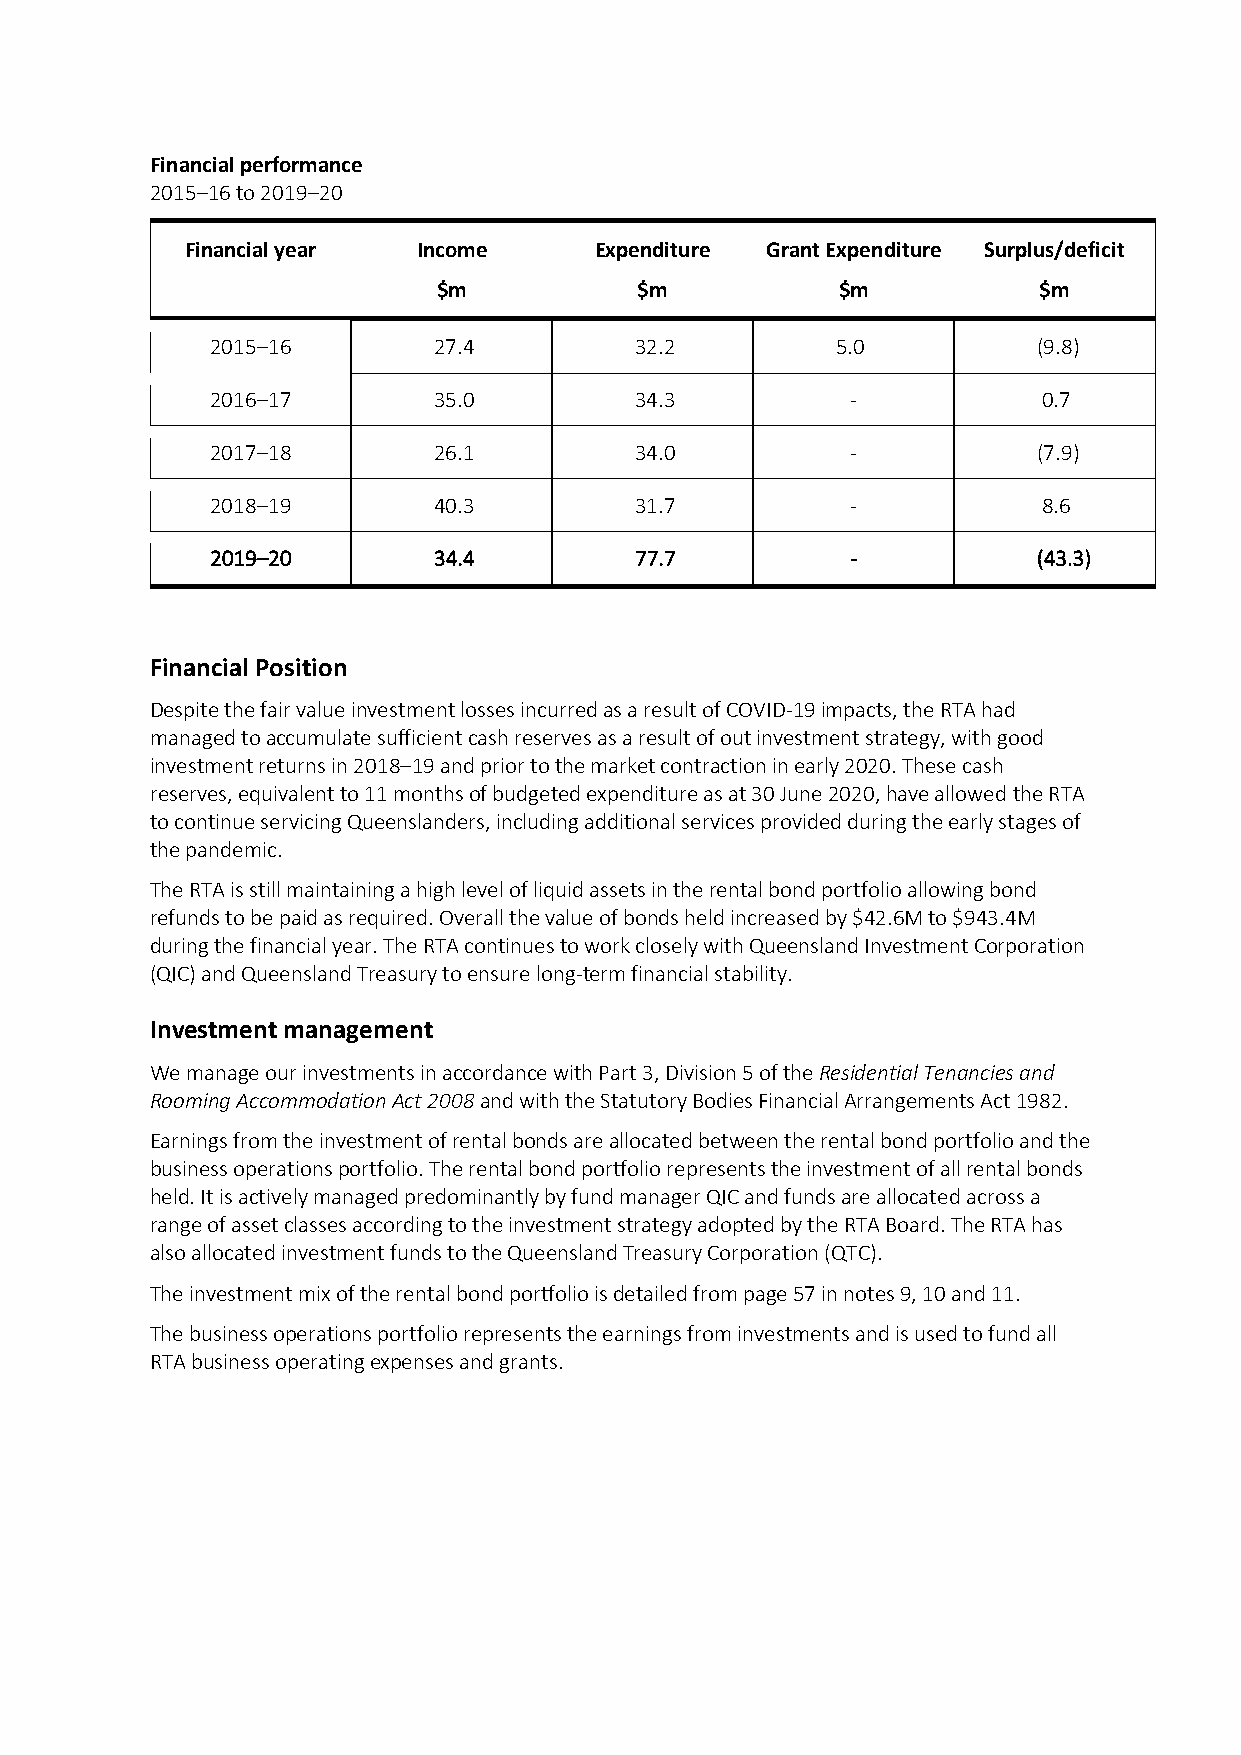
Financial performance
 2015–16 to 2019–20
 Financial year  Income     Expenditure Grant Expenditure Surplus/deficit
 $m           $m           $m            $m
 2015–16        27.4         32.2         5.0           (9.8)
 2016–17        35.0         34.3          -            0.7
 2017–18        26.1         34.0          -            (7.9)
 2018–19        40.3         31.7          -            8.6
 2019–20        34.4         77.7          -            (43.3)
 Financial Position
 Despite the fair value investment losses incurred as a result of COVID-19 impacts, the RTA had
 managed to accumulate sufficient cash reserves as a result of out investment strategy, with good
 investment returns in 2018–19 and prior to the market contraction in early 2020. These cash
 reserves, equivalent to 11 months of budgeted expenditure as at 30 June 2020, have allowed the RTA
 to continue servicing Queenslanders, including additional services provided during the early stages of
 the pandemic.
 The RTA is still maintaining a high level of liquid assets in the rental bond portfolio allowing bond
 refunds to be paid as required. Overall the value of bonds held increased by $42.6M to $943.4M
 during the financial year. The RTA continues to work closely with Queensland Investment Corporation
 (QIC) and Queensland Treasury to ensure long-term financial stability.
 Investment management
 We manage our investments in accordance with Part 3, Division 5 of the Residential Tenancies and
 Rooming Accommodation Act 2008 and with the Statutory Bodies Financial Arrangements Act 1982.
 Earnings from the investment of rental bonds are allocated between the rental bond portfolio and the
 business operations portfolio. The rental bond portfolio represents the investment of all rental bonds
 held. It is actively managed predominantly by fund manager QIC and funds are allocated across a
 range of asset classes according to the investment strategy adopted by the RTA Board. The RTA has
 also allocated investment funds to the Queensland Treasury Corporation (QTC).
 The investment mix of the rental bond portfolio is detailed from page 57 in notes 9, 10 and 11.
 The business operations portfolio represents the earnings from investments and is used to fund all
 RTA business operating expenses and grants.